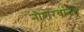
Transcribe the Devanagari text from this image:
नौशेरवांजी